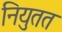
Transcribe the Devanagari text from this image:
नियुतत